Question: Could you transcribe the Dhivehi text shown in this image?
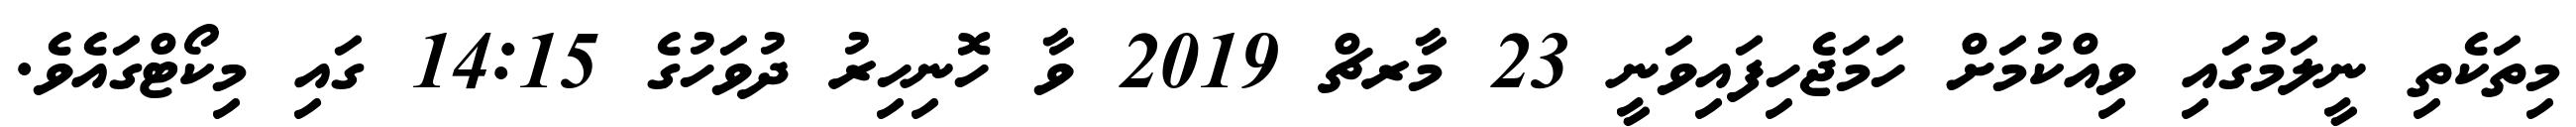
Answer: މިތަކެތި ނީލަމުގައި ވިއްކުމަށް ހަމަޖެހިފައިވަނީ 23 މާރޗް 2019 ވާ ހޮނިހިރު ދުވަހުގެ 14:15 ގައި މިކޯޓްގައެވެ.